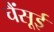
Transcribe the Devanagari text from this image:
चैंसूई